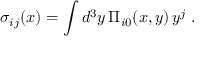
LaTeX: \sigma _ { i j } ( x ) = \int d ^ { 3 } y \, \Pi _ { i 0 } ( x , y ) \, y ^ { j } \; .